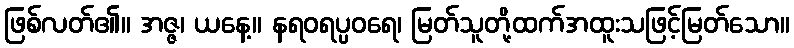
ဖြစ်လတ်၏။ အဇ္ဇ၊ ယနေ့။ နရဝရပ္ပဝရေ၊ မြတ်သူတို့ထက်အထူးသဖြင့်မြတ်သော။